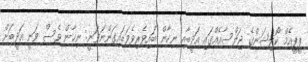
ޕީޕީއެމް ކޯލިޝަންގެ ޖަލްސާއެއްގައި އަދީބާއި ނިހާން ބައިވެރިވެވަޑައިގަންނަވަނީ: ނިހާން ވެސް ވަނީ އަދީބަށް